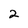
Character: 2